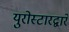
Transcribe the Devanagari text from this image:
युरोस्टारद्वारे